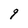
Character: 9